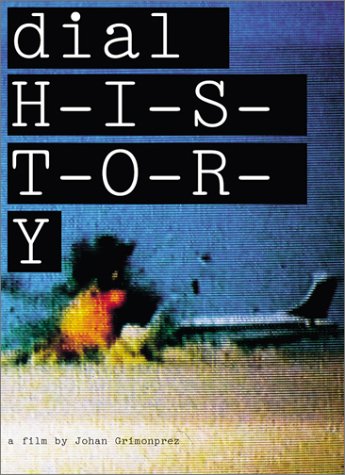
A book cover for Dial H-I-S-T-O-R-Y; Don DeLillo; Humor & Entertainment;